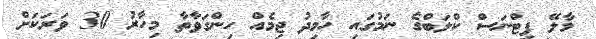
މާލޭ ފިޓްނަސް ކްލަބްގެ ނަމުގައި ހާމިދު ޖިމެއް ހިންގަވާތާ މިހާރު 30 ވަރަކަށް